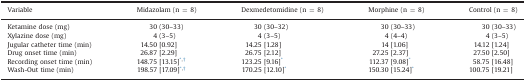
<table><thead><tr><td><b>Variable</b></td><td><b>Midazolam (n = 8)</b></td><td><b>Dexmedetomidine (n = 8)</b></td><td><b>Morphine (n = 8)</b></td><td><b>Control (n = 8)</b></td></tr></thead><tbody><tr><td>Ketamine dose (mg)</td><td>30 (30–33)</td><td>30 (30–32)</td><td>30 (30–33)</td><td>30 (30–33)</td></tr><tr><td>Xylazine dose (mg)</td><td>4 (3–5)</td><td>4 (3–5)</td><td>4 (4–4)</td><td>4 (3–5)</td></tr><tr><td>Jugular catheter time (min)</td><td>14.50 [0.92]</td><td>14.25 [1.28]</td><td>14 [1.06]</td><td>14.12 [1.24]</td></tr><tr><td>Drug onset time (min)</td><td>26.87 [2.29]</td><td>26.75 [2.12]</td><td>27.25 [2.37]</td><td>27.50 [2.50]</td></tr><tr><td>Recording onset time (min)</td><td>148.75 [13.15]*<sup>,</sup>†</td><td>123.25 [9.16]*</td><td>112.37 [9.08]*</td><td>58.75 [16.48]</td></tr><tr><td>Wash-Out time (min)</td><td>198.57 [17.09]*<sup>,</sup>†</td><td>170.25 [12.10]*</td><td>150.30 [15.24]*</td><td>100.75 [19.21]</td></tr></tbody></table>